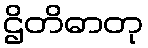
ဌိတိဓာတု